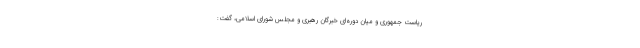
ریاست جمهوری و میان دوره‌ای خبرگان رهبری و مجلس شورای اسلامی، گفت: